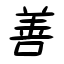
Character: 善